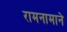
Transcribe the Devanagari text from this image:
रामनामाने